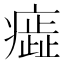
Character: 𤺙